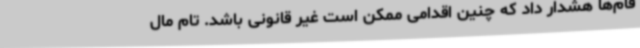
قام‌ها هشدار داد که چنین اقدامی ممکن است غیر قانونی باشد. تام مال